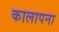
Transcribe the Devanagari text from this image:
कालापना